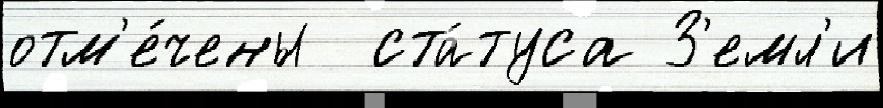
отм'е́чены  ста́туса З'емл'и